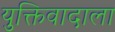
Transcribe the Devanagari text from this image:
युक्तिवादाला